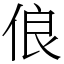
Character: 俍